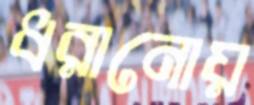
ধরানোয়